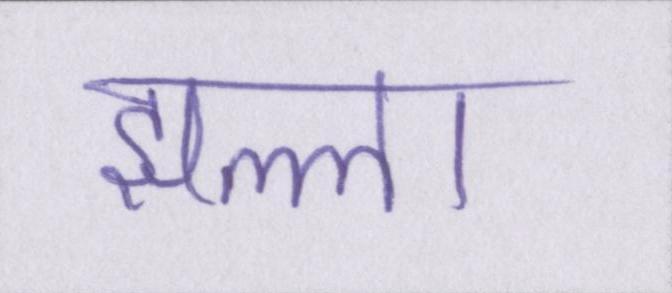
झल्ला